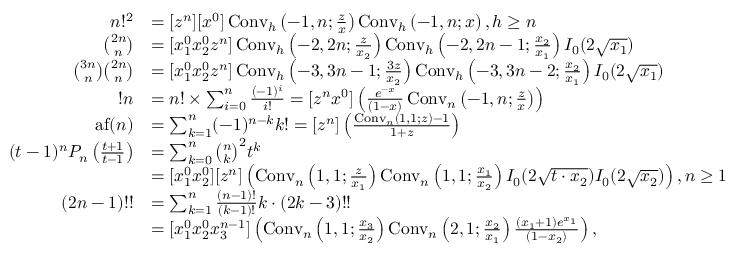
{ \begin{array} { r l } { n ! ^ { 2 } } & { = [ z ^ { n } ] [ x ^ { 0 } ] \operatorname { C o n v } _ { h } \left( - 1 , n ; { \frac { z } { x } } \right) \operatorname { C o n v } _ { h } \left( - 1 , n ; x \right) , h \geq n } \\ { { \binom { 2 n } { n } } } & { = [ x _ { 1 } ^ { 0 } x _ { 2 } ^ { 0 } z ^ { n } ] \operatorname { C o n v } _ { h } \left( - 2 , 2 n ; { \frac { z } { x _ { 2 } } } \right) \operatorname { C o n v } _ { h } \left( - 2 , 2 n - 1 ; { \frac { x _ { 2 } } { x _ { 1 } } } \right) I _ { 0 } ( 2 { \sqrt { x _ { 1 } } } ) } \\ { { \binom { 3 n } { n } } { \binom { 2 n } { n } } } & { = [ x _ { 1 } ^ { 0 } x _ { 2 } ^ { 0 } z ^ { n } ] \operatorname { C o n v } _ { h } \left( - 3 , 3 n - 1 ; { \frac { 3 z } { x _ { 2 } } } \right) \operatorname { C o n v } _ { h } \left( - 3 , 3 n - 2 ; { \frac { x _ { 2 } } { x _ { 1 } } } \right) I _ { 0 } ( 2 { \sqrt { x _ { 1 } } } ) } \\ { ! n } & { = n ! \times \sum _ { i = 0 } ^ { n } { \frac { ( - 1 ) ^ { i } } { i ! } } = [ z ^ { n } x ^ { 0 } ] \left( { \frac { e ^ { - x } } { ( 1 - x ) } } \operatorname { C o n v } _ { n } \left( - 1 , n ; { \frac { z } { x } } \right) \right) } \\ { \operatorname { a f } ( n ) } & { = \sum _ { k = 1 } ^ { n } ( - 1 ) ^ { n - k } k ! = [ z ^ { n } ] \left( { \frac { \operatorname { C o n v } _ { n } ( 1 , 1 ; z ) - 1 } { 1 + z } } \right) } \\ { ( t - 1 ) ^ { n } P _ { n } \left( { \frac { t + 1 } { t - 1 } } \right) } & { = \sum _ { k = 0 } ^ { n } { \binom { n } { k } } ^ { 2 } t ^ { k } } \\ & { = [ x _ { 1 } ^ { 0 } x _ { 2 } ^ { 0 } ] [ z ^ { n } ] \left( \operatorname { C o n v } _ { n } \left( 1 , 1 ; { \frac { z } { x _ { 1 } } } \right) \operatorname { C o n v } _ { n } \left( 1 , 1 ; { \frac { x _ { 1 } } { x _ { 2 } } } \right) I _ { 0 } ( 2 { \sqrt { t \cdot x _ { 2 } } } ) I _ { 0 } ( 2 { \sqrt { x _ { 2 } } } ) \right) , n \geq 1 } \\ { ( 2 n - 1 ) ! ! } & { = \sum _ { k = 1 } ^ { n } { \frac { ( n - 1 ) ! } { ( k - 1 ) ! } } k \cdot ( 2 k - 3 ) ! ! } \\ & { = [ x _ { 1 } ^ { 0 } x _ { 2 } ^ { 0 } x _ { 3 } ^ { n - 1 } ] \left( \operatorname { C o n v } _ { n } \left( 1 , 1 ; { \frac { x _ { 3 } } { x _ { 2 } } } \right) \operatorname { C o n v } _ { n } \left( 2 , 1 ; { \frac { x _ { 2 } } { x _ { 1 } } } \right) { \frac { ( x _ { 1 } + 1 ) e ^ { x _ { 1 } } } { ( 1 - x _ { 2 } ) } } \right) , } \end{array} }